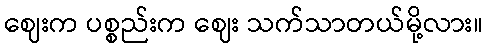
ဈေးက ပစ္စည်းက ဈေး သက်သာတယ်မို့လား။